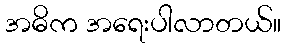
အဓိက အရေးပါလာတယ်။